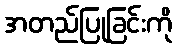
အတည်ပြုခြင်းကို